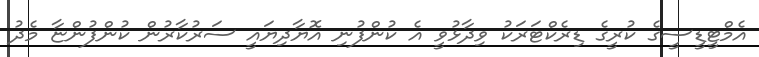
އެމްޓީޑީސީގެ ކުރީގެ ޑިރެކްޓަރަކު ވިދާޅުވީ އެ ކުންފުނި އޮޔާދިޔައީ ސަރުކާރުން ކުންފުންޏާ މެދު